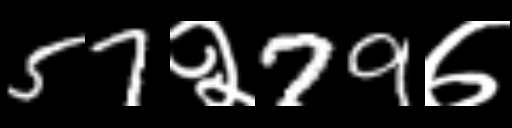
Text: 57२79७